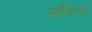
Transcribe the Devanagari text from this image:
सर्व्हेअरने